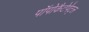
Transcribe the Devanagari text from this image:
पॉपोकैटेपेट्ल